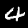
Label: 4